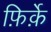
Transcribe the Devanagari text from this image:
फ़िर्क़े